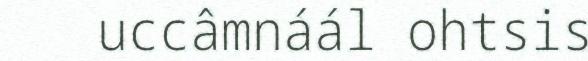
uccâmnáál ohtsis